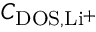
C _ { \mathrm { D O S } , \mathrm { L i ^ { + } } }